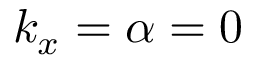
k _ { x } = \alpha = 0